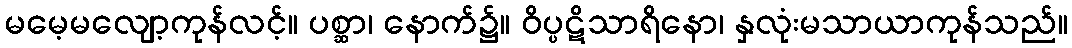
မမေ့မလျော့ကုန်လင့်။ ပစ္ဆာ၊ နောက်၌။ ဝိပ္ပဋိသာရိနော၊ နှလုံးမသာယာကုန်သည်။